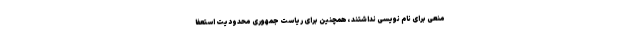
منعی برای نام نویسی نداشتند ،همچنین برای ریاست جمهوری محدودیت استعفا